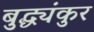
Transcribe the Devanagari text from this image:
बुद्ध्यंकुर